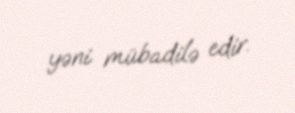
yəni mübadilə edir.